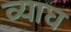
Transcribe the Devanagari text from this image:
व्याघ